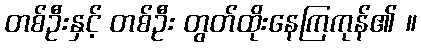
တစ်ဦးနှင့် တစ်ဦး တွတ်ထိုးနေကြကုန်၏ ။